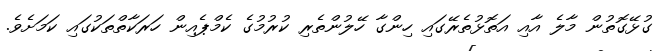
ގުޅޭގޮތުން މާލެ އާއި އަތޮޅުތެރޭގައި ހިންގާ ހޭލުންތެރި ކުރުމުގެ ކެމްޕެއިން ހަރަކާތްތަކުގައި ކަމަށެވެ.